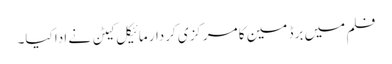
فلم میں برڈ مین کا مرکزی کردار مائیکل کیٹن نے ادا کیا۔